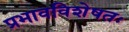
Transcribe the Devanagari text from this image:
प्रभावविशेषतः